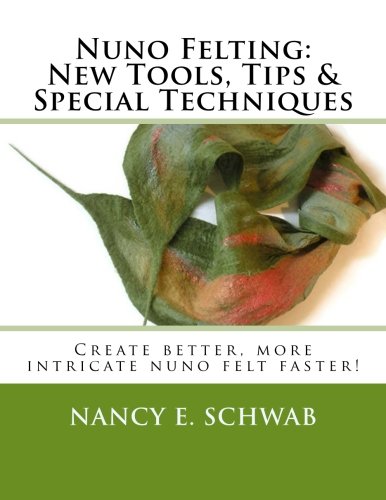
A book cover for Nuno Felting: New Tools, Tips & Special Techniques: Create better, more intricate nuno felt faster!; Nancy E. Schwab; Crafts, Hobbies & Home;